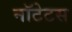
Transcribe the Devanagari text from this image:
नॉटेटस